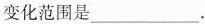
变化范围是___。